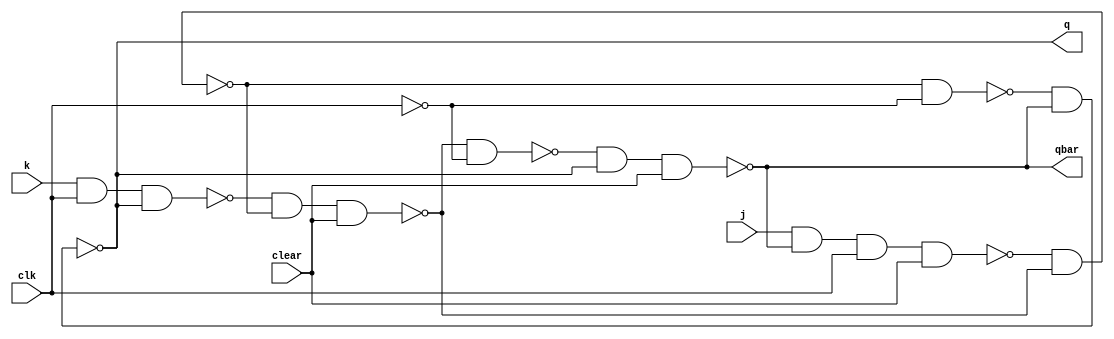

// Sequence : 0 -> 4 -> 7 -> 8 -> 10 -> 13 -> 9 -> 15 -> 0

module jkff(q, qbar, j, k, clear, clk);

    input j, k, clear, clk;
    output q, qbar;
    
    wire n1_out, n2_out, n3_out, n4_out, n5_out, n6_out, cbar;
    
    nand nand1(n1_out, j, qbar, clk, clear);
    nand nand2(n2_out, k, clk, q);
    
    nand nand3(n3_out, n1_out, n4_out);
    nand nand4(n4_out, n2_out, n3_out, clear);
    
    not n1(cbar, clk);
    
    nand nand5(n5_out, n3_out, cbar);
    nand nand6(n6_out, n4_out, cbar);
    
    nand nand7(q, n5_out, qbar);
    nand nand8(qbar, n6_out, q, clear);
    
endmodule


module random_counter(q, clear, clk);
    
    input clear, clk;
    output [3:0] q;
    
    wire j3, k3, j2, k2, j1, k1, j0, k0;
    
    assign j3 = q[2]&q[1]&q[0];
    assign k3 = q[2]&~q[0] | (q[1]&q[0]);
    jkff jf3(q[3], , j3, k3, clear, clk);
    
    assign j2 = (~q[3]&~q[1]&~q[0]) | q[3]&(q[1]^q[0]);
    assign k2 = q[3] | (q[1]&~q[0]) | q[0];
    jkff jf2(q[2], , j2, k2, clear, clk);
    
    assign j1 = (q[3]&~q[2]) | (~q[3]&q[2]&~q[0]);
    assign k1 = 1;
    jkff jf1(q[1], , j1, k1, clear, clk);
    
    assign j0 = q[3]&q[1] | (~q[3]&q[2]&~q[1]);
    assign k0 = q[1] | ~q[3];
    jkff jf0(q[0], , j0, k0, clear, clk);
    
endmodule